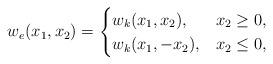
LaTeX: \begin{align*}w_e(x_1,x_2)=\begin{cases} w_k(x_1,x_2),&x_2\geq 0,\\ w_k(x_1,-x_2),&x_2\leq 0,\end{cases}\end{align*}